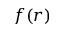
f ( r )